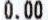
0.00